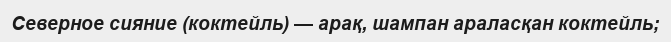
Северное сияние (коктейль) — арақ, шампан араласқан коктейль;